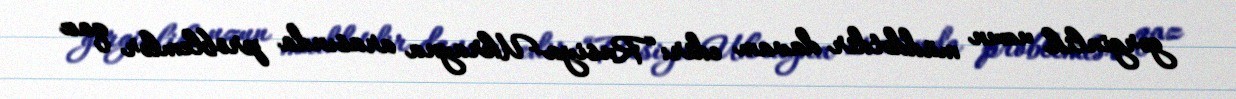
gərginlik uzun müddətdir davam edir: “Rusiya-Ukrayna arasında problemlər qaz